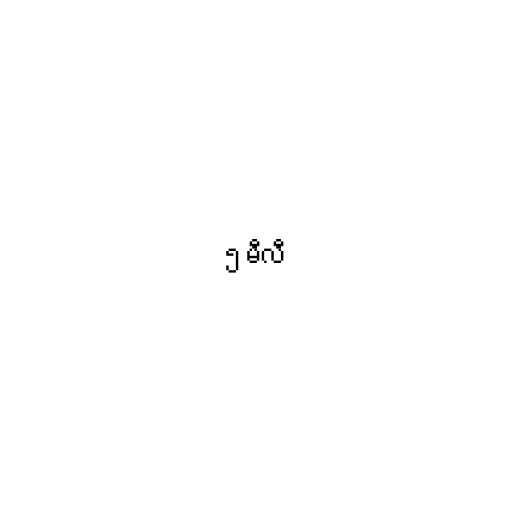
၅ မီလီ